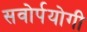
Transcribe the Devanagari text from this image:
सवोर्पयोगी